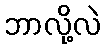
ဘာလို့လဲ